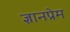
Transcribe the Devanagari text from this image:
ज्ञानप्रेम